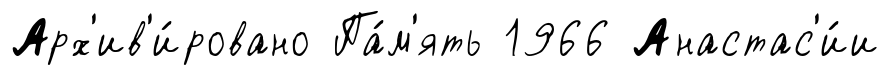
Арх'ив'и́ровано Па́м'ять 1966 Анастас'и́и